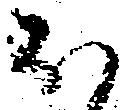
お